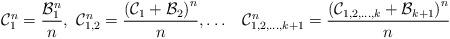
LaTeX: \begin{align*}\mathcal{C}_{1}^{n}=\frac{\mathcal{B}_{1}^{n}}{n},\thinspace\thinspace\mathcal{C}_{1,2}^{n}=\frac{\left(\mathcal{C}_{1}+\mathcal{B}_{2}\right)^{n}}{n},\dots\,\,\,\,\,\mathcal{C}_{1,2,\dots,k+1}^{n}=\frac{\left(\mathcal{C}_{1,2,\dots,k}+\mathcal{B}_{k+1}\right)^{n}}{n}\end{align*}